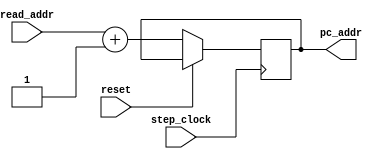
module pc_adder (
    input wire reset,
    input wire step_clock,
    input wire[31:0] read_addr,
    output wire[31:0] pc_addr
);

    always @(posedge step_clock) begin
        if (!reset) begin
            pc_addr = read_addr + 1;
        end
    end

endmodule